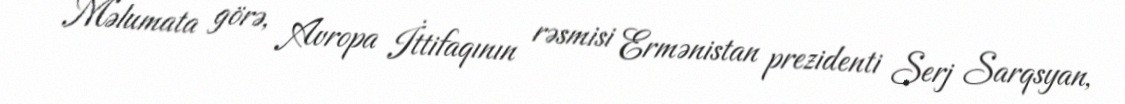
Məlumata görə, Avropa İttifaqının rəsmisi Ermənistan prezidenti Serj Sarqsyan,